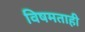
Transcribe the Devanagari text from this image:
विषमताही